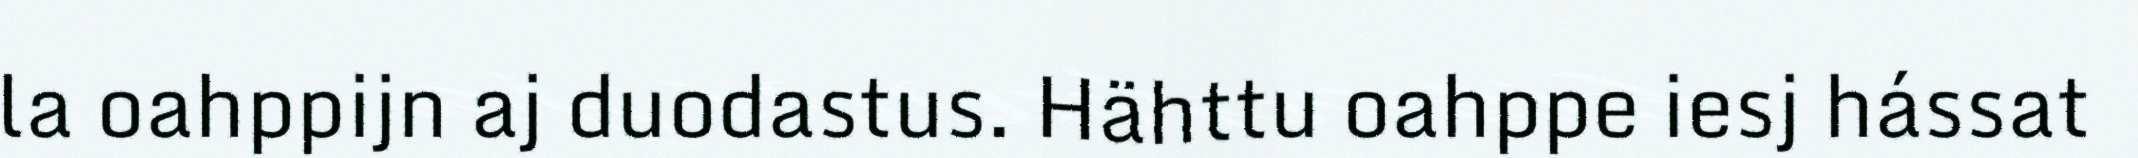
la oahppijn aj duodastus. Hähttu oahppe iesj hássat